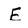
Character: E